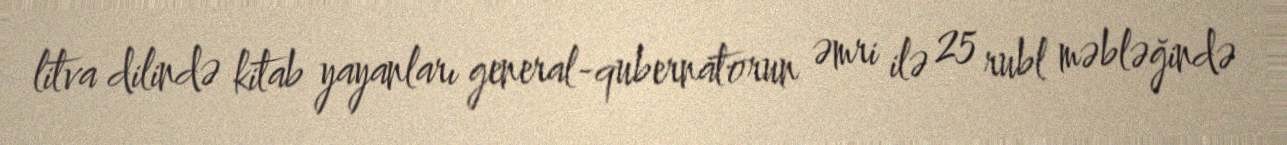
litva dilində kitab yayanları general-qubernatorun əmri ilə 25 rubl məbləğində